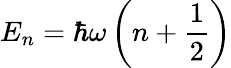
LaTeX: E_{n}=\hbar\omega\left(n+\frac{1}{2}\right)